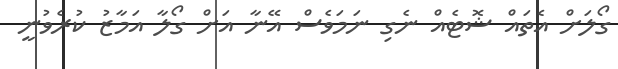
ގޯލަށް އެތައް ޝޮޓެއް ނެގި ނަމަވެސް އޭނާ އަށް ގޯލާ އަމާޒު ކުރެވުނީ